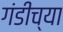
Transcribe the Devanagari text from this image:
गंडीच्या